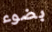
بضوء